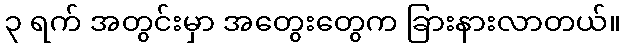
၃ ရက် အတွင်းမှာ အတွေးတွေက ခြားနားလာတယ်။